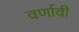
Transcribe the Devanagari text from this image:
वर्णावी